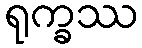
ရုက္ခဿ